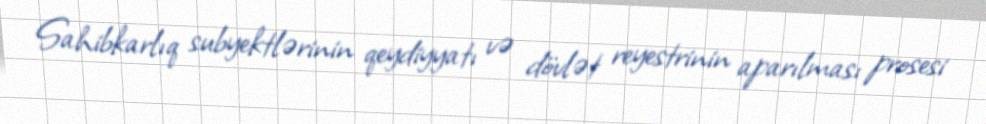
Sahibkarlıq subyektlərinin qeydiyyatı və dövlət reyestrinin aparılması prosesi